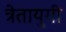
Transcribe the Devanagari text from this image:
त्रेतायुगी